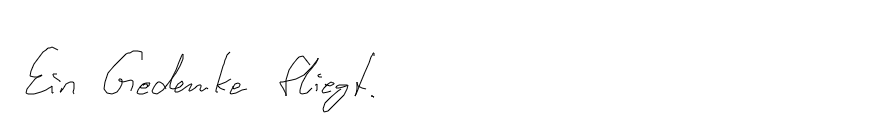
Ein Gedanke fliegt.